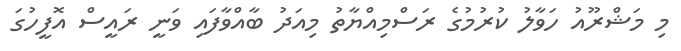
މި މަޝްރޫއު ހަވާލު ކުރުމުގެ ރަސްމިއްޔާތު މިއަދު ބާއްވާފައި ވަނީ ރައީސް އޮފީހުގަ